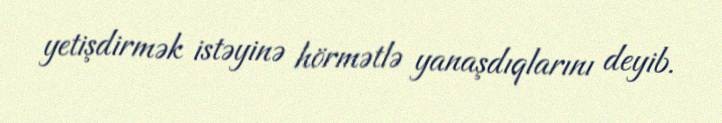
yetişdirmək istəyinə hörmətlə yanaşdıqlarını deyib.